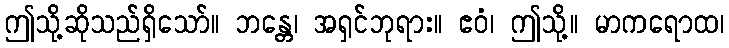
ဤသို့ဆိုသည်ရှိသော်။ ဘန္တေ၊ အရှင်ဘုရား။ ဧဝံ၊ ဤသို့။ မာကရောထ၊